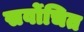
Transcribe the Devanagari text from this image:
सर्वोचित